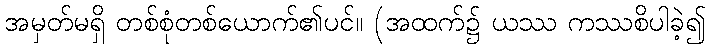
အမှတ်မရှိ တစ်စုံတစ်ယောက်၏ပင်။ (အထက်၌ ယဿ ကဿစိပါခဲ့၍